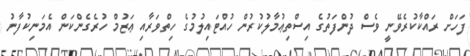
ފަހަށް ރައްކާކުރެވޭނީ ވެސް ދުންފަތުގެ އިސްތިޢުމާލުކުރުން ހުއްޓައިލުމުގެ ހިތްވަރާއި ޢަޒުމް ހުރެގެންކަން އެމަނިކުފާނު